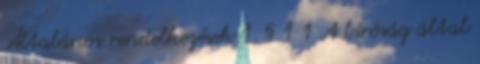
Általános rendelkezések 1. § 1 1 A bíróság által